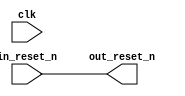
// This program was cloned from: https://github.com/stanford-ppl/spatial-lang
// License: MIT License

// ghrd_10as066n2_rst_in.v

// Generated using ACDS version 17.1 240

`timescale 1 ps / 1 ps
module ghrd_10as066n2_rst_in (
		input  wire  clk,         //       clk.clk
		input  wire  in_reset_n,  //  in_reset.reset_n
		output wire  out_reset_n  // out_reset.reset_n
	);

	assign out_reset_n = in_reset_n;

endmodule